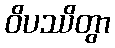
ဝိပဿိတွာ